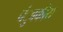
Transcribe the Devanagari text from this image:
चंुबकीय